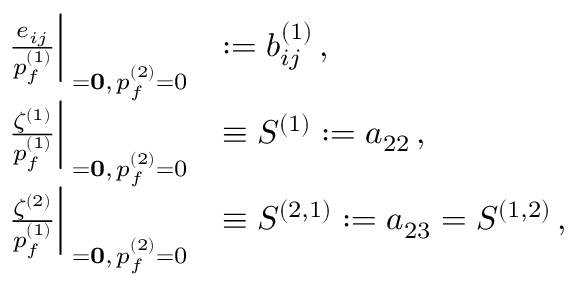
\begin{array} { r l } { \left. \frac { e _ { i j } } { p _ { f } ^ { ( 1 ) } } \right| _ { { \bf { \sigma } = \bf { 0 } } , \, p _ { f } ^ { ( 2 ) } = 0 } } & { : = b _ { i j } ^ { ( 1 ) } \, , } \\ { \left. \frac { \zeta ^ { ( 1 ) } } { p _ { f } ^ { ( 1 ) } } \right| _ { { \bf { \sigma } = \bf { 0 } } , \, p _ { f } ^ { ( 2 ) } = 0 } } & { \equiv S ^ { ( 1 ) } : = a _ { 2 2 } \, , } \\ { \left. \frac { \zeta ^ { ( 2 ) } } { p _ { f } ^ { ( 1 ) } } \right| _ { { \bf { \sigma } = \bf { 0 } } , \, p _ { f } ^ { ( 2 ) } = 0 } } & { \equiv S ^ { ( 2 , 1 ) } : = a _ { 2 3 } = S ^ { ( 1 , 2 ) } \, , } \end{array}